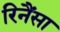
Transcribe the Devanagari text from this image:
रिनैंसा